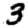
Digit: 3